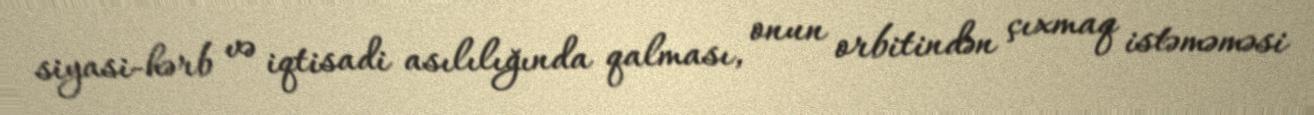
siyasi-hərb və iqtisadi asılılığında qalması, onun orbitindən çıxmaq istəməməsi